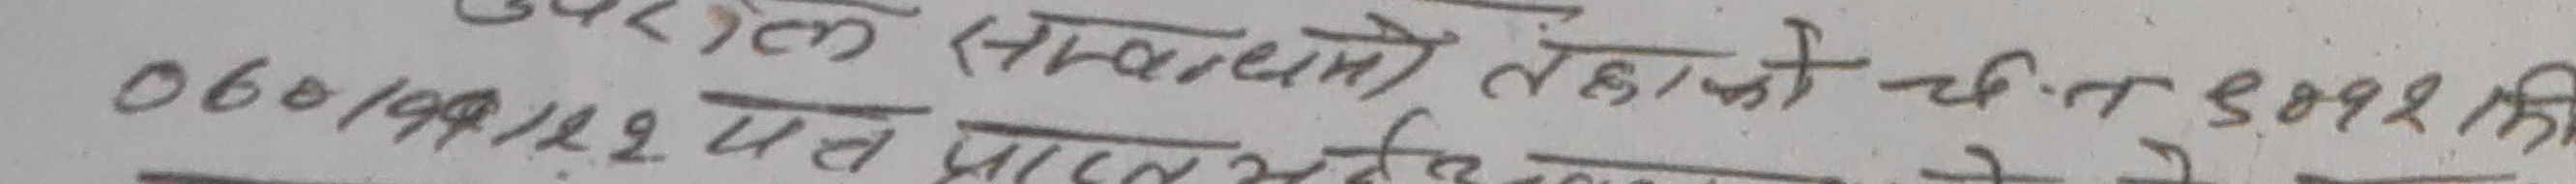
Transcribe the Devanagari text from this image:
उपरोक्त (सम्बन्धित) लेखी, की - च.न. ६०१२ कि
०६०/११/१२ प० प्राप्त सर्टिफि